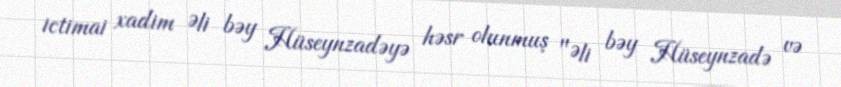
ictimai xadim Əli bəy Hüseynzadəyə həsr olunmuş "Əli bəy Hüseynzadə və